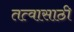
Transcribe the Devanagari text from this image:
तत्वासाठी